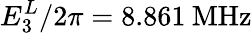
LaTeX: E_{3}^{L}/2\pi=8.861\: \mathrm{MHz}